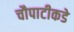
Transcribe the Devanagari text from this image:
चौपाटीकडे